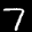
Label: 7